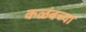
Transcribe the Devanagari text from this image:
कळंबच्या